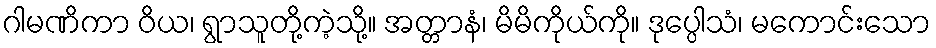
ဂါမဏိကာ ဝိယ၊ ရွာသူတို့ကဲ့သို့။ အတ္တာနံ၊ မိမိကိုယ်ကို။ ဒုပ္ပေါသံ၊ မကောင်းသော